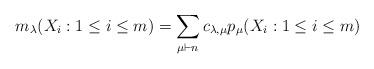
LaTeX: \begin{align*}m_{\lambda}(X_i: 1 \le i \le m) = \sum_{\mu \vdash n} c_{\lambda,\mu} p_{\mu}(X_i: 1 \le i \le m)\end{align*}